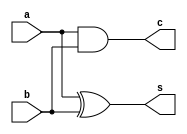
module half_adder(a, b, s, c);
  input a;
  input b;
  output reg s;
  output reg c;
  assign s = a ^ b;
  assign c = a & b;
endmodule